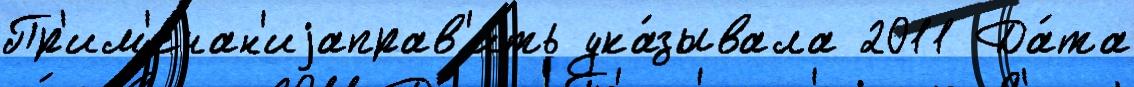
Пр'им'ечан'иjаправ'ить ука́зывала 2011 Да́та